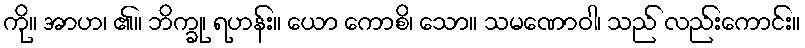
ကို။ အာဟ၊ ၏။ ဘိက္ခု၊ ရဟန်း။ ယော ကောစိ၊ သော။ သမဏောဝါ၊ သည် လည်းကောင်း။